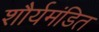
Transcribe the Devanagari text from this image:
शौर्यमंडित